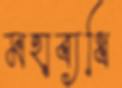
মহাব্যধি